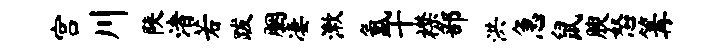
宫川陕渚若跋胭凄漱氲十襟部洪急鼠腴怒篝